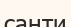
санти